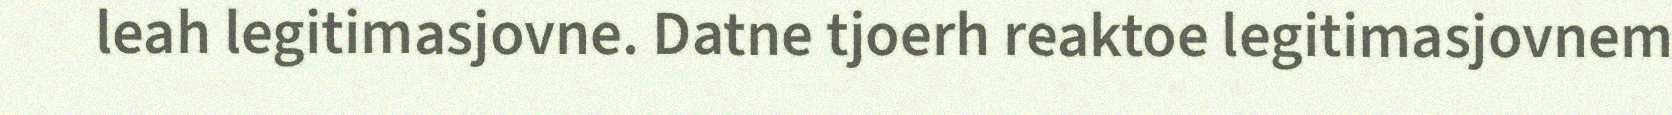
leah legitimasjovne. Datne tjoerh reaktoe legitimasjovnem